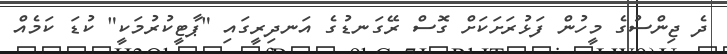
ދެ ޖިންސުގެ މީހުން ފަޅުރަށަކަށް ގޮސް ރޭގަނޑުގެ އަނދިރީގައި "ޕާޓީކުރުމަކީ" ކުޑަ ކަމެއް